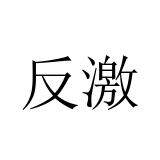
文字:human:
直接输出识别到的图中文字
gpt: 反激